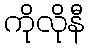
ကိုလိုနီ